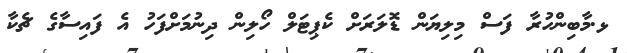
ޅ.މާބިންހުރާ ފަސް މިލިޔަން ޑޮލަރަށް ކެޕިޓަލް ހޯލިން ދިނުމަށްފަހު އެ ފައިސާގެ ޗެކާ